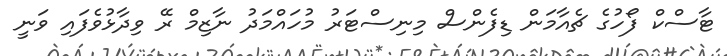
ޓާސްކް ފޯހުގެ ޗެއާމަން ޑިފެންސް މިނިސްޓަރު މުހައްމަދު ނާޒިމް ރޭ ވިދާޅުވެފައި ވަނީ